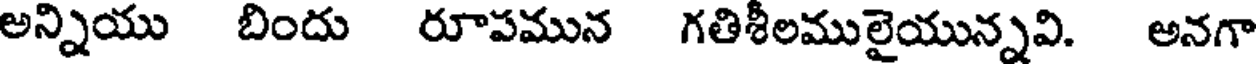
అన్నియు బిందు రూపమున గతిశీలములైయున్నవి. అనగా